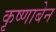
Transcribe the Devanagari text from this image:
कृष्णाबेन